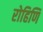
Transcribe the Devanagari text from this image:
रोहिणि